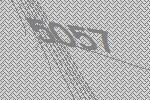
5057